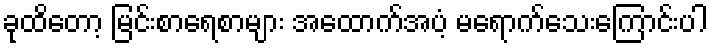
ခုထိတော့ မြင်းစာရေစာများ အထောက်အပံ့ မရောက်သေးကြောင်းပါ